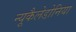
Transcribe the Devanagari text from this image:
न्यूकैलेडोनिया